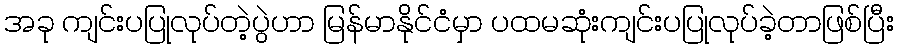
အခု ကျင်းပပြုလုပ်တဲ့ပွဲဟာ မြန်မာနိုင်ငံမှာ ပထမဆုံးကျင်းပပြုလုပ်ခဲ့တာဖြစ်ပြီး